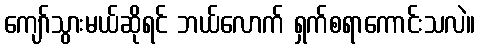
ကျော်သွားမယ်ဆိုရင် ဘယ်လောက် ရှက်စရာကောင်းသလဲ။